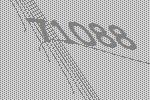
71088